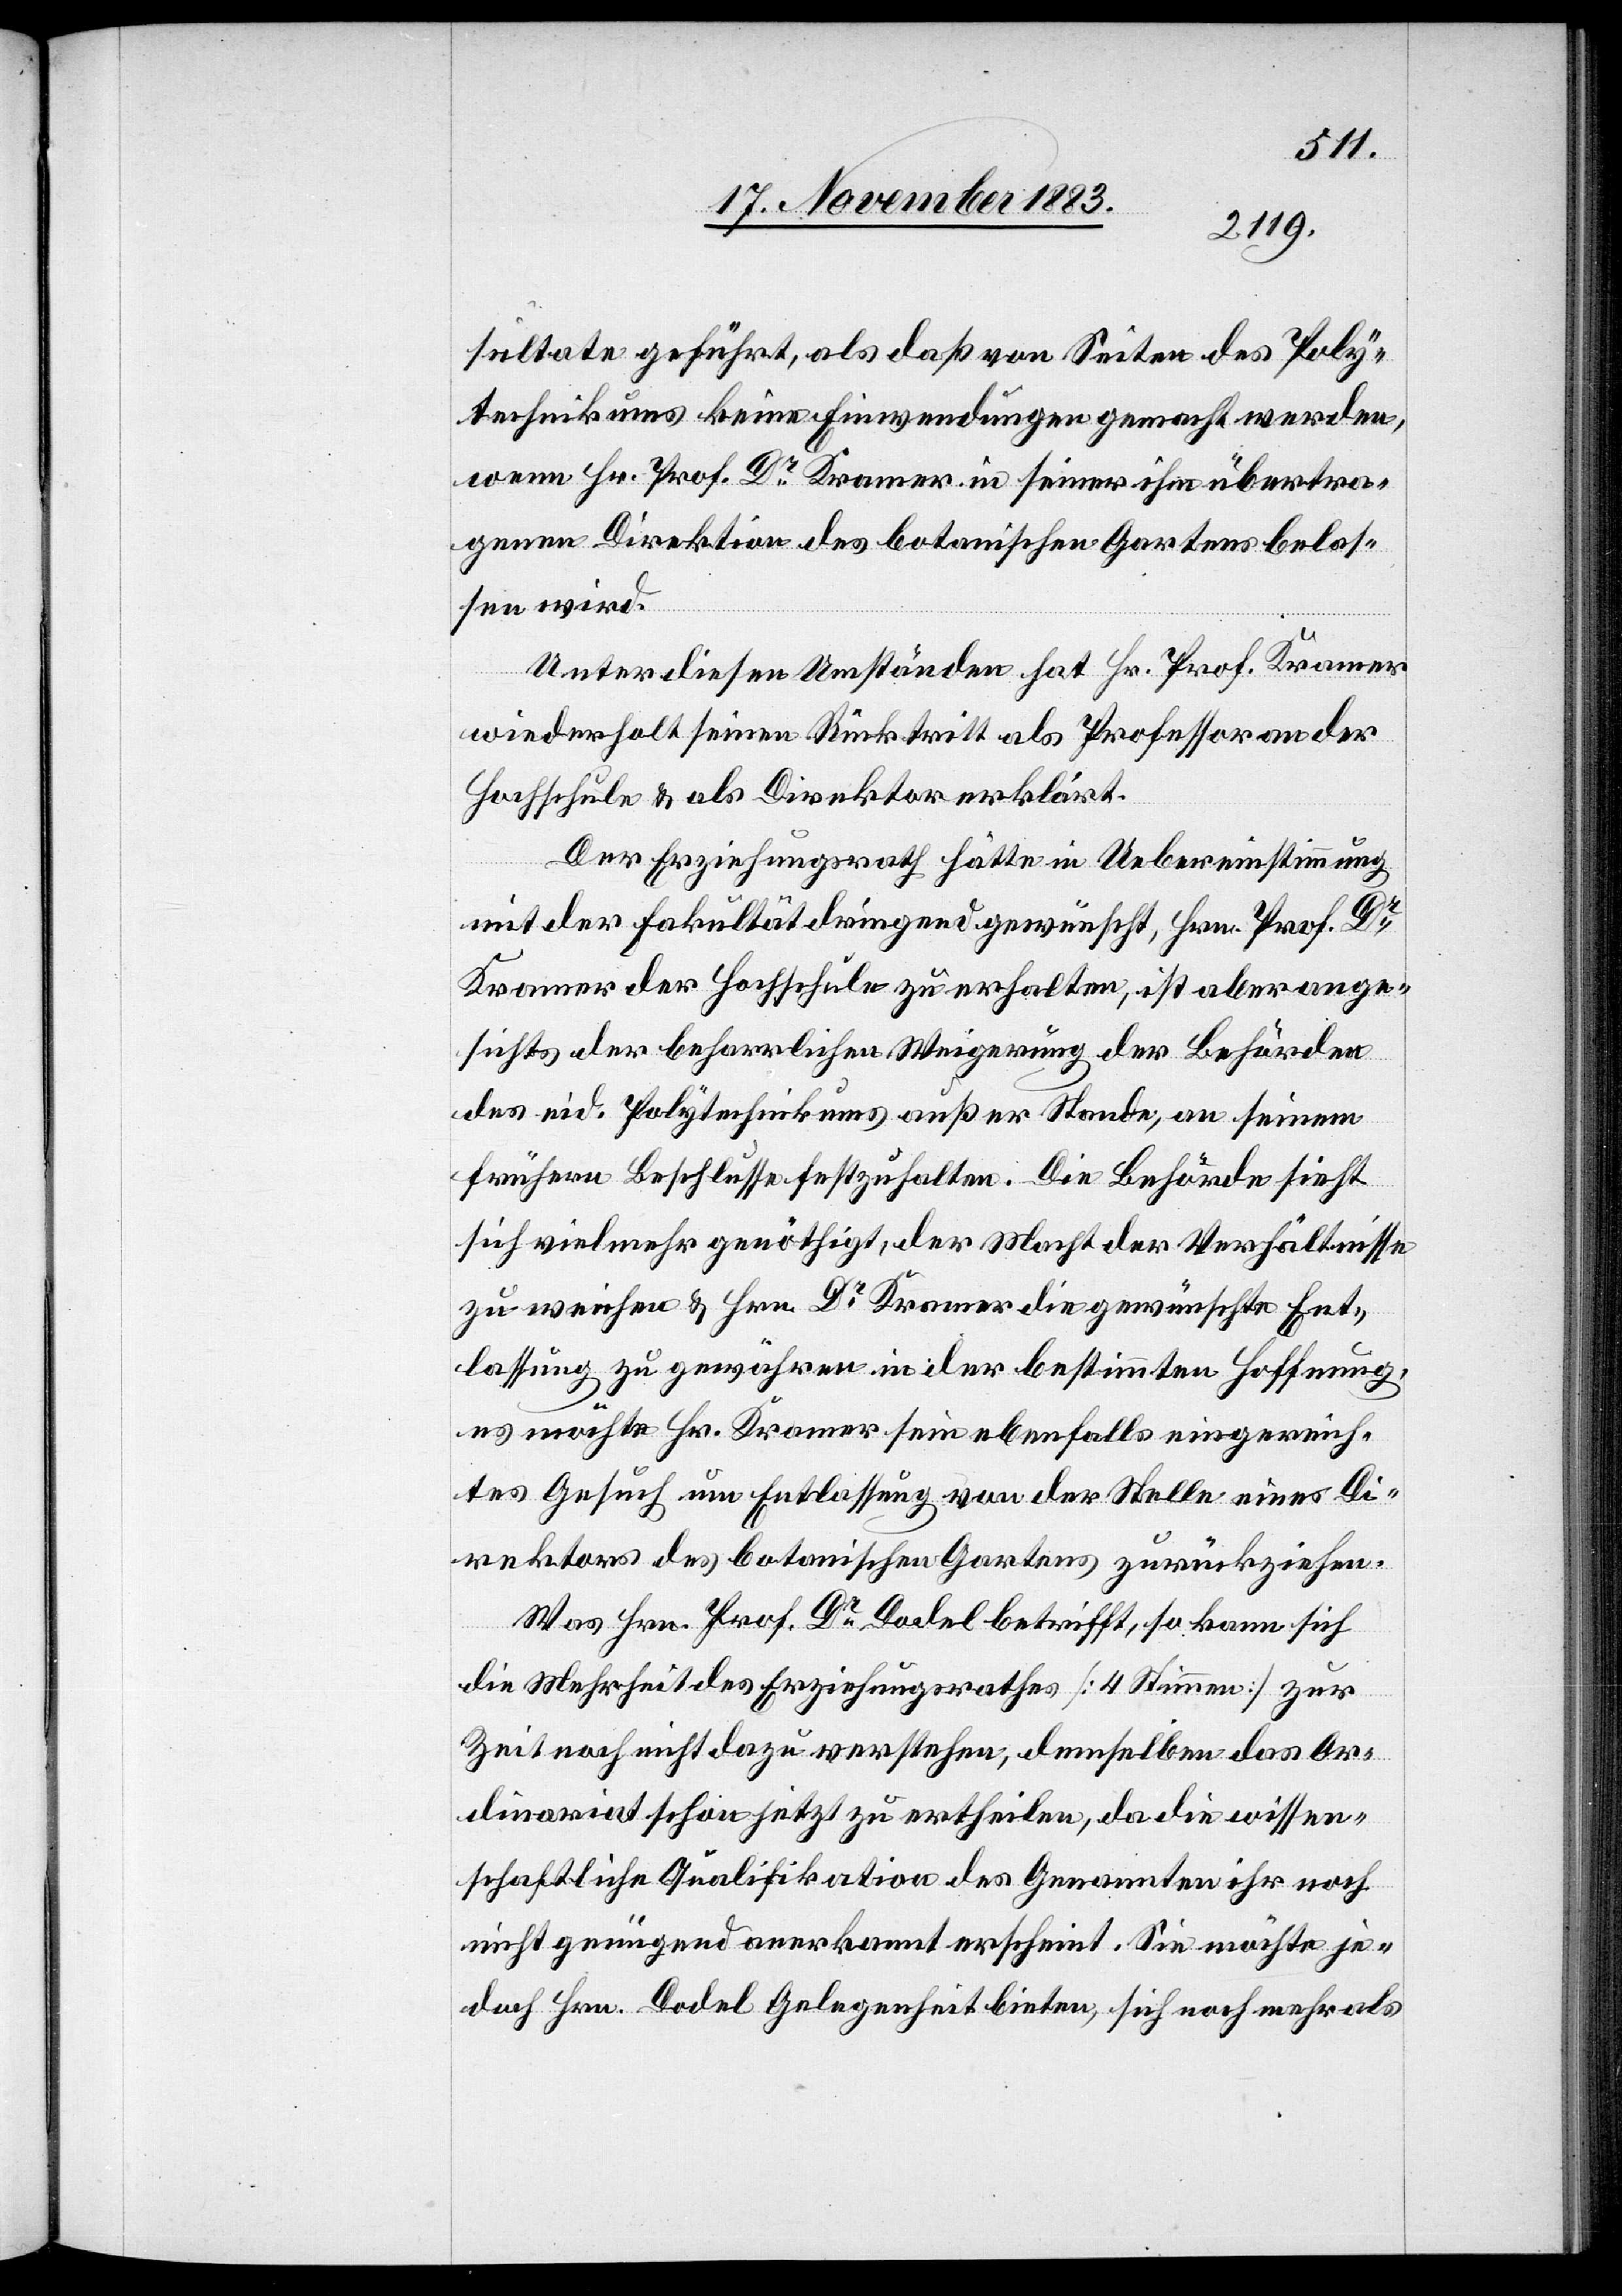
sultate geführt, als daß von Seiten des Poly¬
technikums keine Einwendungen gemacht werden,
wenn Hr. Prof. Dr Kramer in seiner ihm übertra¬
genen Direktion des botanischen Gartens belas¬
sen wird.
Unter diesen Umständen hat Hr. Prof. Kramer
wiederholt seinen Rücktritt als Professor an der
Hochschule & als Direktor erklärt.
Der Erziehungsrath hätte in Uebereinstimmung
mit der Fakultät dringend gewünscht, Hrn. Prof. Dr
Kramer der Hochschule zu erhalten, ist aber ange¬
sichts der beharrlichen Weigerung der Behörden
des eid. Polytechnikums außer Stande, an seinem
frühern Beschlusse festzuhalten. Die Behörde sieht
sich vielmehr genöthigt, der Macht der Verhältnisse
zu weichen & Hrn. Dr Kramer die gewünschte Ent¬
lassung zu gewähren in der bestimmten Hoffnung
es möchte Hr. Kramer sein ebenfalls eingereich¬
tes Gesuch um Entlassung von der Stelle eines Di¬
rektors des botanischen Gartens zurückzuziehen.
Was Hrn. Prof. Dr Dodel betrifft, so kann sich
die Mehrheit des Erziehungsrathes [4 Stimmen] zur
Zeit noch nicht dazu verstehen, demselben das Or¬
dinariat schon jetzt zu ertheilen, da die wissen¬
schaftliche Qualifikation des Genannten ihr noch
nicht genügend anerkannt erscheint. Sie möchte je¬
doch Hrn. Dodel Gelegenheit bieten, sich noch mehr als